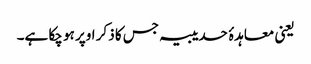
یعنی معاہدۂ حدیبیہ جس کا ذکر اوپر ہو چکا ہے۔